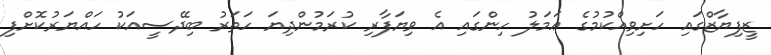
ޒީފިޔާޒްގައި ހަށިވިއްކުމުގެ ޢަމަލު ހިންގައި އެ ވިޔަފާރި ކުރަމުންދިޔަ ހަތަރު ބިދޭސީއަކު ހައްޔަރުކޮށްފި